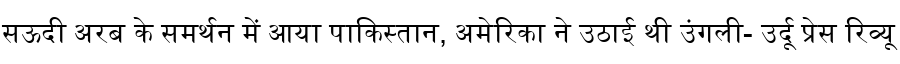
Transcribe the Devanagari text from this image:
सऊदी अरब के समर्थन में आया पाकिस्तान, अमेरिका ने उठाई थी उंगली- उर्दू प्रेस रिव्यू